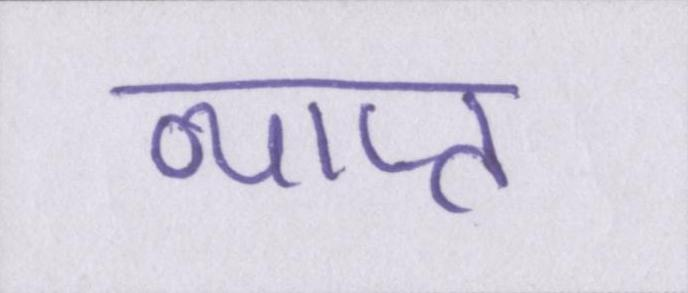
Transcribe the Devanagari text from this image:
व्याप्त